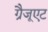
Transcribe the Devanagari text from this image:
ग्रैजूएट